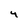
Character: 4